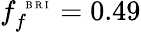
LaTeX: f_{f}^{\mathrm{~\tiny~B~R~I~}}=0.49